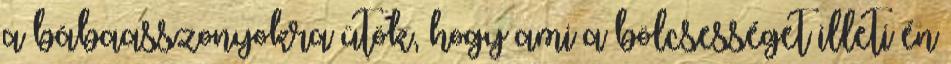
a bábaasszonyokra ütök, hogy ami a bölcsességet illeti én